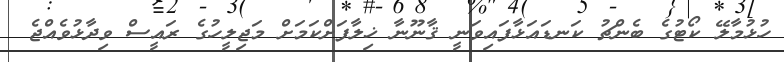
ހުޅުމާލޭ ކޯޓުގެ ބެންޗު ކަނޑައަޅާފައިވަނީ ޤާނޫނާ ޚިލާފަށްކަމަށް މަޖިލީހުގެ ރައީސް ވިދާޅުވެއްޖެ